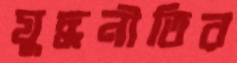
যুদ্ধনীতির